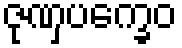
ဇုဏှပက္ခေဝ